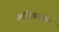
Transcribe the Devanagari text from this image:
फ्रांसिस्कोके